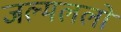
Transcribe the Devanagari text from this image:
जल्मललो